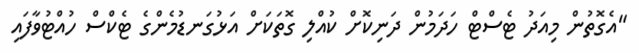
"އެގޮތުން މިއަދު ޓެސްޓް ހަދަމުން ދަނިކޮށް ކުއްލި ގޮތަކަށް އަޅުގަނޑުމެންގެ ޓެކްސް ހުއްޓުވާފައި